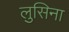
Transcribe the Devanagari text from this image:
लुसिना